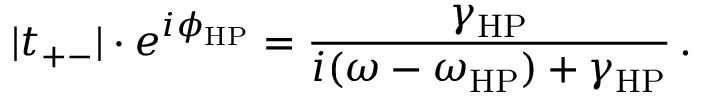
| t _ { + - } | \cdot e ^ { i \phi _ { \mathrm { H P } } } = \frac { \gamma _ { \mathrm { H P } } } { i ( \omega - \omega _ { \mathrm { H P } } ) + \gamma _ { \mathrm { H P } } } \, .